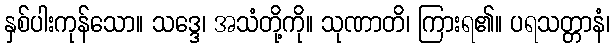
နှစ်ပါးကုန်သော။ သဒ္ဒေ၊ အသံတို့ကို။ သုဏာတိ၊ ကြားရ၏။ ပရသတ္တာနံ၊